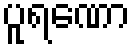
ပူရဏော